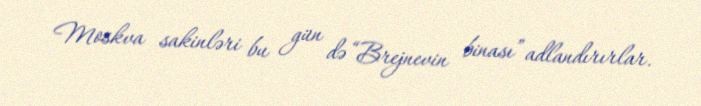
Moskva sakinləri bu gün də “Brejnevin binası” adlandırırlar.